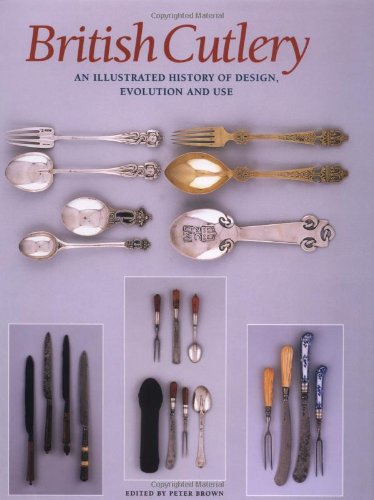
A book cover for British Cutlery: An Illustrated History of Design, Evolution and Use; Crafts, Hobbies & Home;